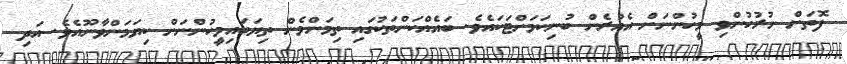
ފޮތަށް ނުރުހުންވި މީހުންނަށް އެއުރެން ބުނިކަމަށްޓަކައެވެ. ބައެއްކަންތަކުގައި ތިމަންމެން ތިޔަބައިމީހުންނަށް ކިޔަމަންވާނޫއެވެ. އަދި